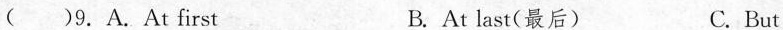
( )9.A.At first B. At last(最后) C. But